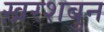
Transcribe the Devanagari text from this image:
ख़रशबुन